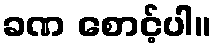
ခဏ စောင့်ပါ။